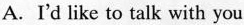
A.I'd like to talk with you